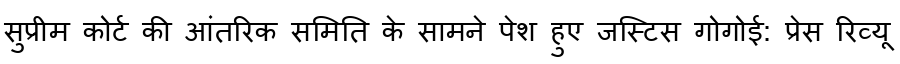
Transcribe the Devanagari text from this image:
सुप्रीम कोर्ट की आंतरिक समिति के सामने पेश हुए जस्टिस गोगोई: प्रेस रिव्यू